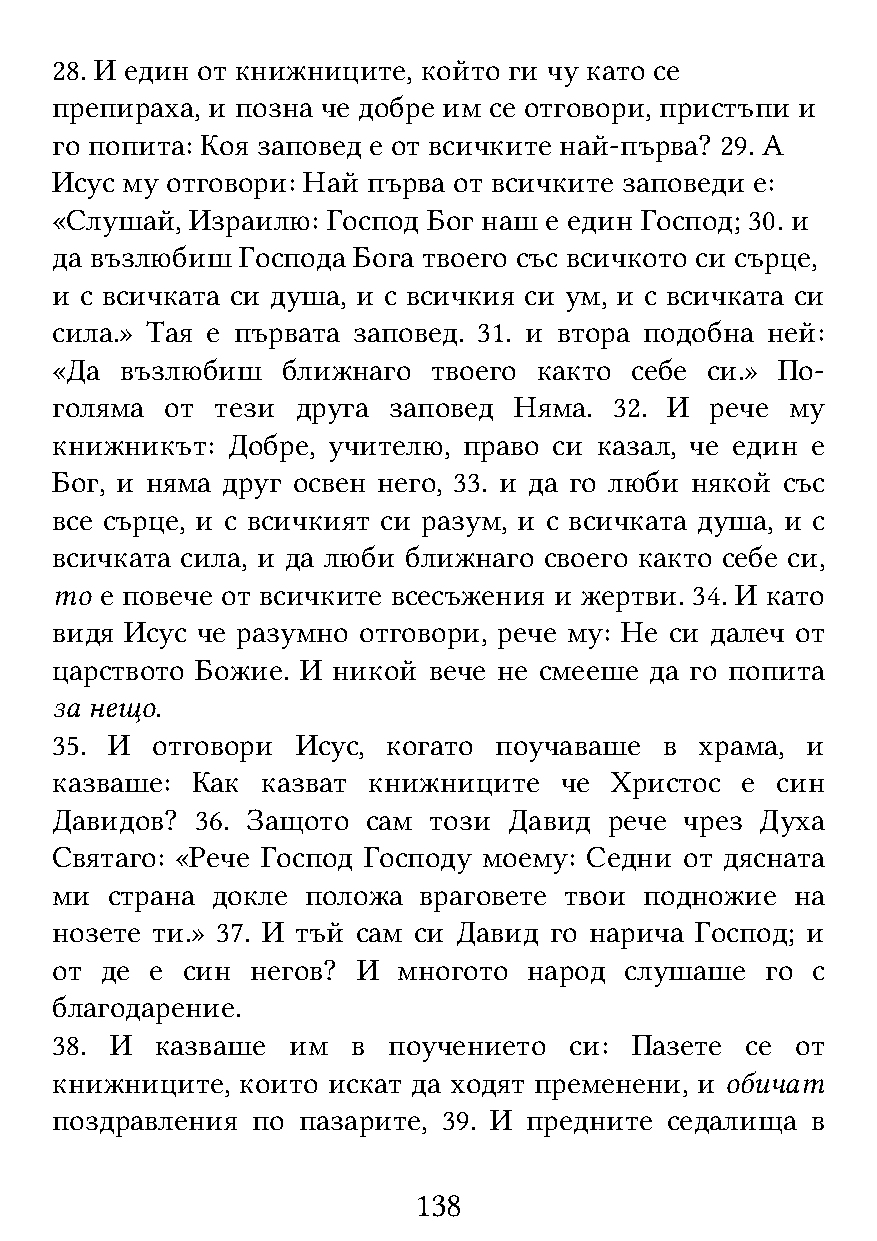
28. И един от книжниците, който ги чу като се
 препираха, и позна че добре им се отговори, пристъпи и
 го попита: Коя заповед е от всичките най-първа? 29. А
 Исус му отговори: Най първа от всичките заповеди е:
 «Слушай,  Израилю: Господ Бог наш е един Господ; 30. и
 да възлюбиш  Господа Бога твоего със всичкото си сърце,
 и с всичката си душа, и с всичкия си ум, и с всичката си
 сила.» Тая е първата заповед. 31. и втора подобна ней:
 «Да  възлюбиш   ближнаго  твоего както себе си.» По-
 голяма  от тези  друга заповед Няма.  32. И рече му
 книжникът:  Добре, учителю, право си казал, че един е
 Бог, и няма друг освен него, 33. и да го люби някой със
 все сърце, и с всичкият си разум, и с всичката душа, и с
 всичката сила, и да люби ближнаго своего както себе си,
 то  е повече от всичките всесъжения и жертви. 34. И като
 видя Исус че разумно отговори, рече му: Не си далеч от
 царството Божие. И никой вече не смееше да го попита
 за нещо.
 35. И  отговори  Исус, когато поучаваше  в храма, и
 казваше:  Как казват книжниците   че Христос  е син
 Давидов?  36. Защото сам този  Давид рече чрез Духа
 Святаго: «Рече Господ Господу моему: Седни от дясната
 ми  страна докле положа  враговете твои подножие  на
 нозете ти.» 37. И тъй сам си Давид го нарича Господ; и
 от  де е син  негов? И многото  народ слушаше   го с
 благодарение.
 38. И  казваше  им  в  поучението  си: Пазете се  от
 книжниците,  които искат да ходят пременени, и обичат
 поздравления  по пазарите, 39. И предните седалища в
 138